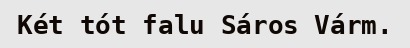
Két tót falu Sáros Várm.